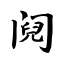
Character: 阋